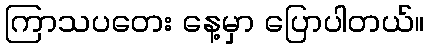
ကြာသပတေး နေ့မှာ ပြောပါတယ်။